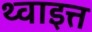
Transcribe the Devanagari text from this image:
थ्वाइत्त